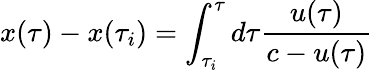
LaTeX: x(\tau)-x(\tau_{i})=\int_{\tau_{i}}^{\tau}d\tau\frac{u(\tau)}{c-u(\tau)}